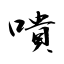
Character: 嘳